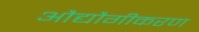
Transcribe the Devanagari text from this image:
औद्यौगीकरण